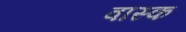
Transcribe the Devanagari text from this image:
वास्क